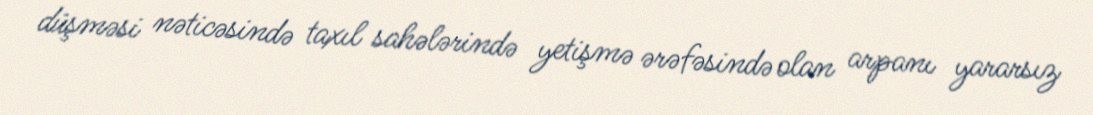
düşməsi nəticəsində taxıl sahələrində yetişmə ərəfəsində olan arpanı yararsız